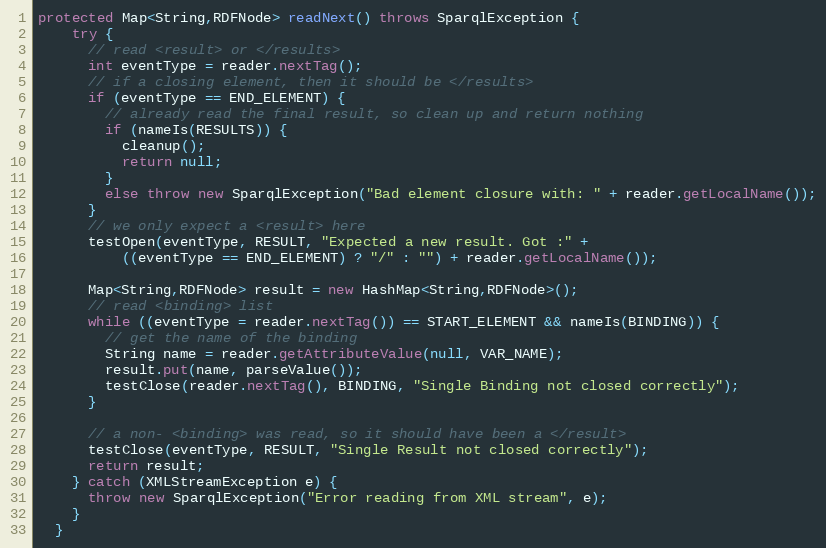
Language: Java
protected Map<String,RDFNode> readNext() throws SparqlException {
    try {
      // read <result> or </results>
      int eventType = reader.nextTag();
      // if a closing element, then it should be </results>
      if (eventType == END_ELEMENT) {
        // already read the final result, so clean up and return nothing
        if (nameIs(RESULTS)) {
          cleanup();
          return null;
        }
        else throw new SparqlException("Bad element closure with: " + reader.getLocalName());
      }
      // we only expect a <result> here
      testOpen(eventType, RESULT, "Expected a new result. Got :" +
          ((eventType == END_ELEMENT) ? "/" : "") + reader.getLocalName());

      Map<String,RDFNode> result = new HashMap<String,RDFNode>();
      // read <binding> list
      while ((eventType = reader.nextTag()) == START_ELEMENT && nameIs(BINDING)) {
        // get the name of the binding
        String name = reader.getAttributeValue(null, VAR_NAME);
        result.put(name, parseValue());
        testClose(reader.nextTag(), BINDING, "Single Binding not closed correctly");
      }

      // a non- <binding> was read, so it should have been a </result>
      testClose(eventType, RESULT, "Single Result not closed correctly");
      return result;
    } catch (XMLStreamException e) {
      throw new SparqlException("Error reading from XML stream", e);
    }
  }